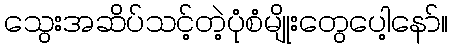
သွေးအဆိပ်သင့်တဲ့ပုံစံမျိုးတွေပေါ့နော်။